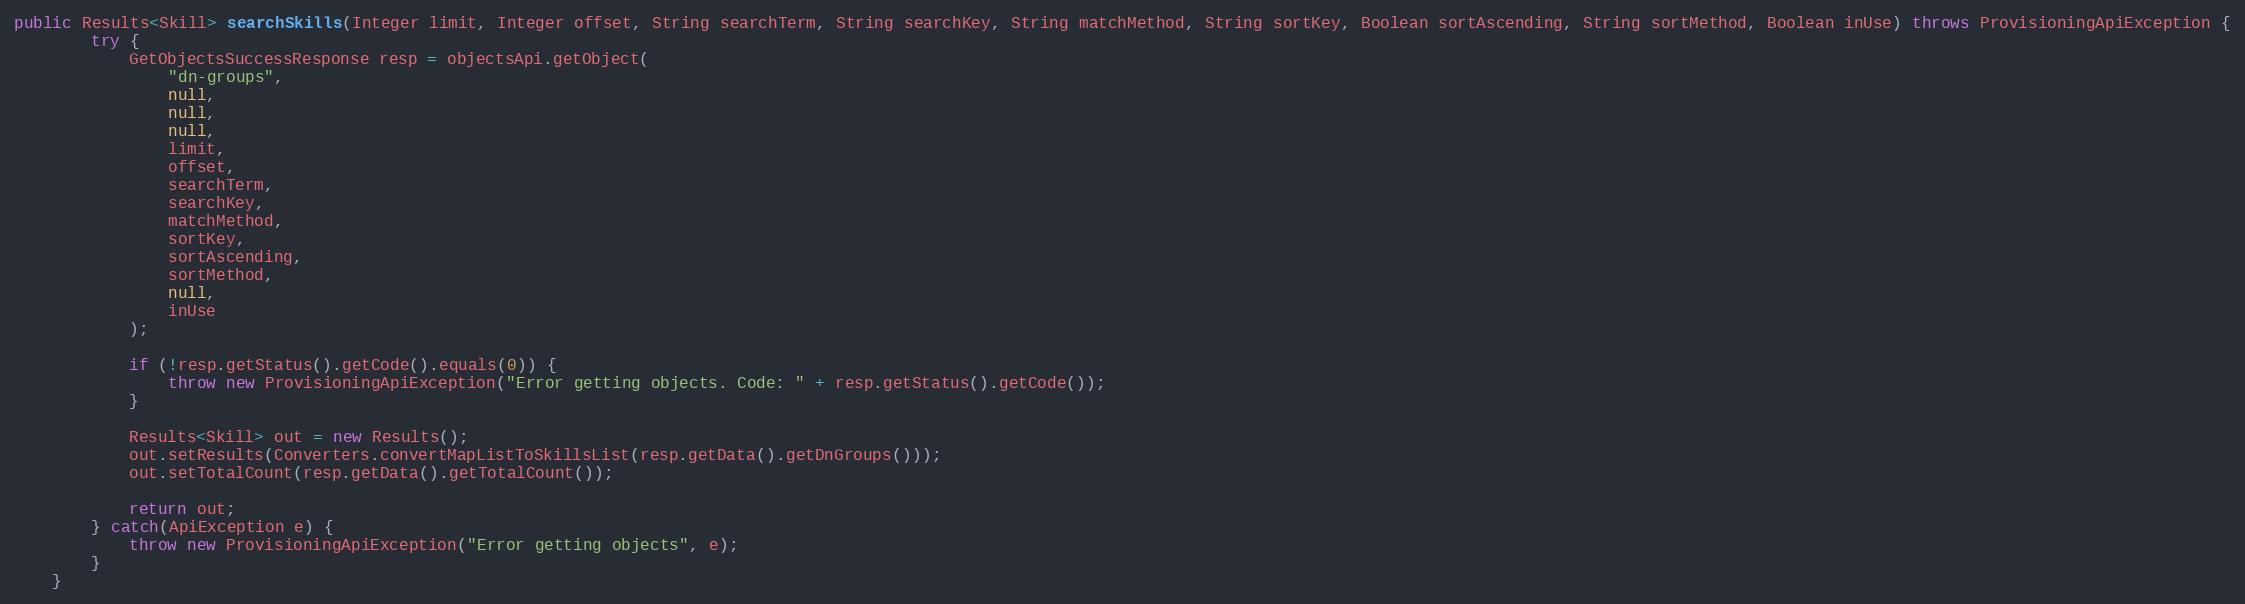
Language: Java
public Results<Skill> searchSkills(Integer limit, Integer offset, String searchTerm, String searchKey, String matchMethod, String sortKey, Boolean sortAscending, String sortMethod, Boolean inUse) throws ProvisioningApiException {
		try {
			GetObjectsSuccessResponse resp = objectsApi.getObject(
				"dn-groups",
				null,
				null,
				null,
				limit,
				offset,
				searchTerm,
				searchKey,
				matchMethod,
				sortKey,
				sortAscending,
				sortMethod,
				null,
				inUse
			);

			if (!resp.getStatus().getCode().equals(0)) {
				throw new ProvisioningApiException("Error getting objects. Code: " + resp.getStatus().getCode());
			}

			Results<Skill> out = new Results();
			out.setResults(Converters.convertMapListToSkillsList(resp.getData().getDnGroups()));
			out.setTotalCount(resp.getData().getTotalCount());

			return out;
        } catch(ApiException e) {
        	throw new ProvisioningApiException("Error getting objects", e);
        }
	}